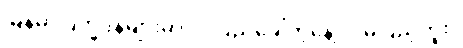
မြန်မာပြက္ခဒိန်များမှာ လပြည့်ခေါ်တဲ့နေ့ လမပြည့်ဘူး။